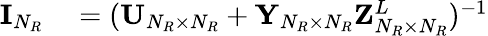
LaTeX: \begin{array}{rl}{{\mathbf{I}}_{N_{R}}}&{{}=({\mathbf{U}}_{N_{R}\times N_{R}}+{\mathbf{Y}}_{N_{R}\times N_{R}}{\mathbf{Z}}_{N_{R}\times N_{R}}^{L})^{-1}}\end{array}